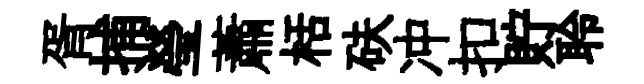
胥捕瑩蕭栝砆冲扣貯聆